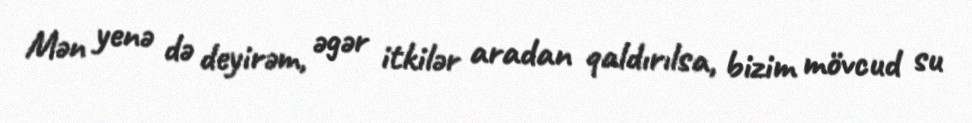
Mən yenə də deyirəm, əgər itkilər aradan qaldırılsa, bizim mövcud su